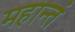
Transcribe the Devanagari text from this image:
महान्तं